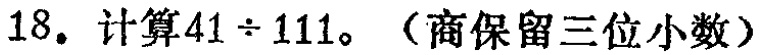
18. 计算\(41\div111\)。（商保留三位小数）